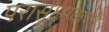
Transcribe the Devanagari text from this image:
परासूक्ष्मकणों